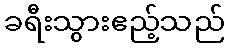
ခရီးသွားဧည့်သည်